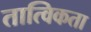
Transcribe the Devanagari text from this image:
तात्विकता